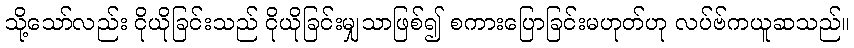
သို့သော်လည်း ငိုယိုခြင်းသည် ငိုယိုခြင်းမျှသာဖြစ်၍ စကားပြောခြင်းမဟုတ်ဟု လပ်ဗ်ကယူဆသည်။